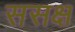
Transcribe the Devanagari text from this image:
ससक्ष